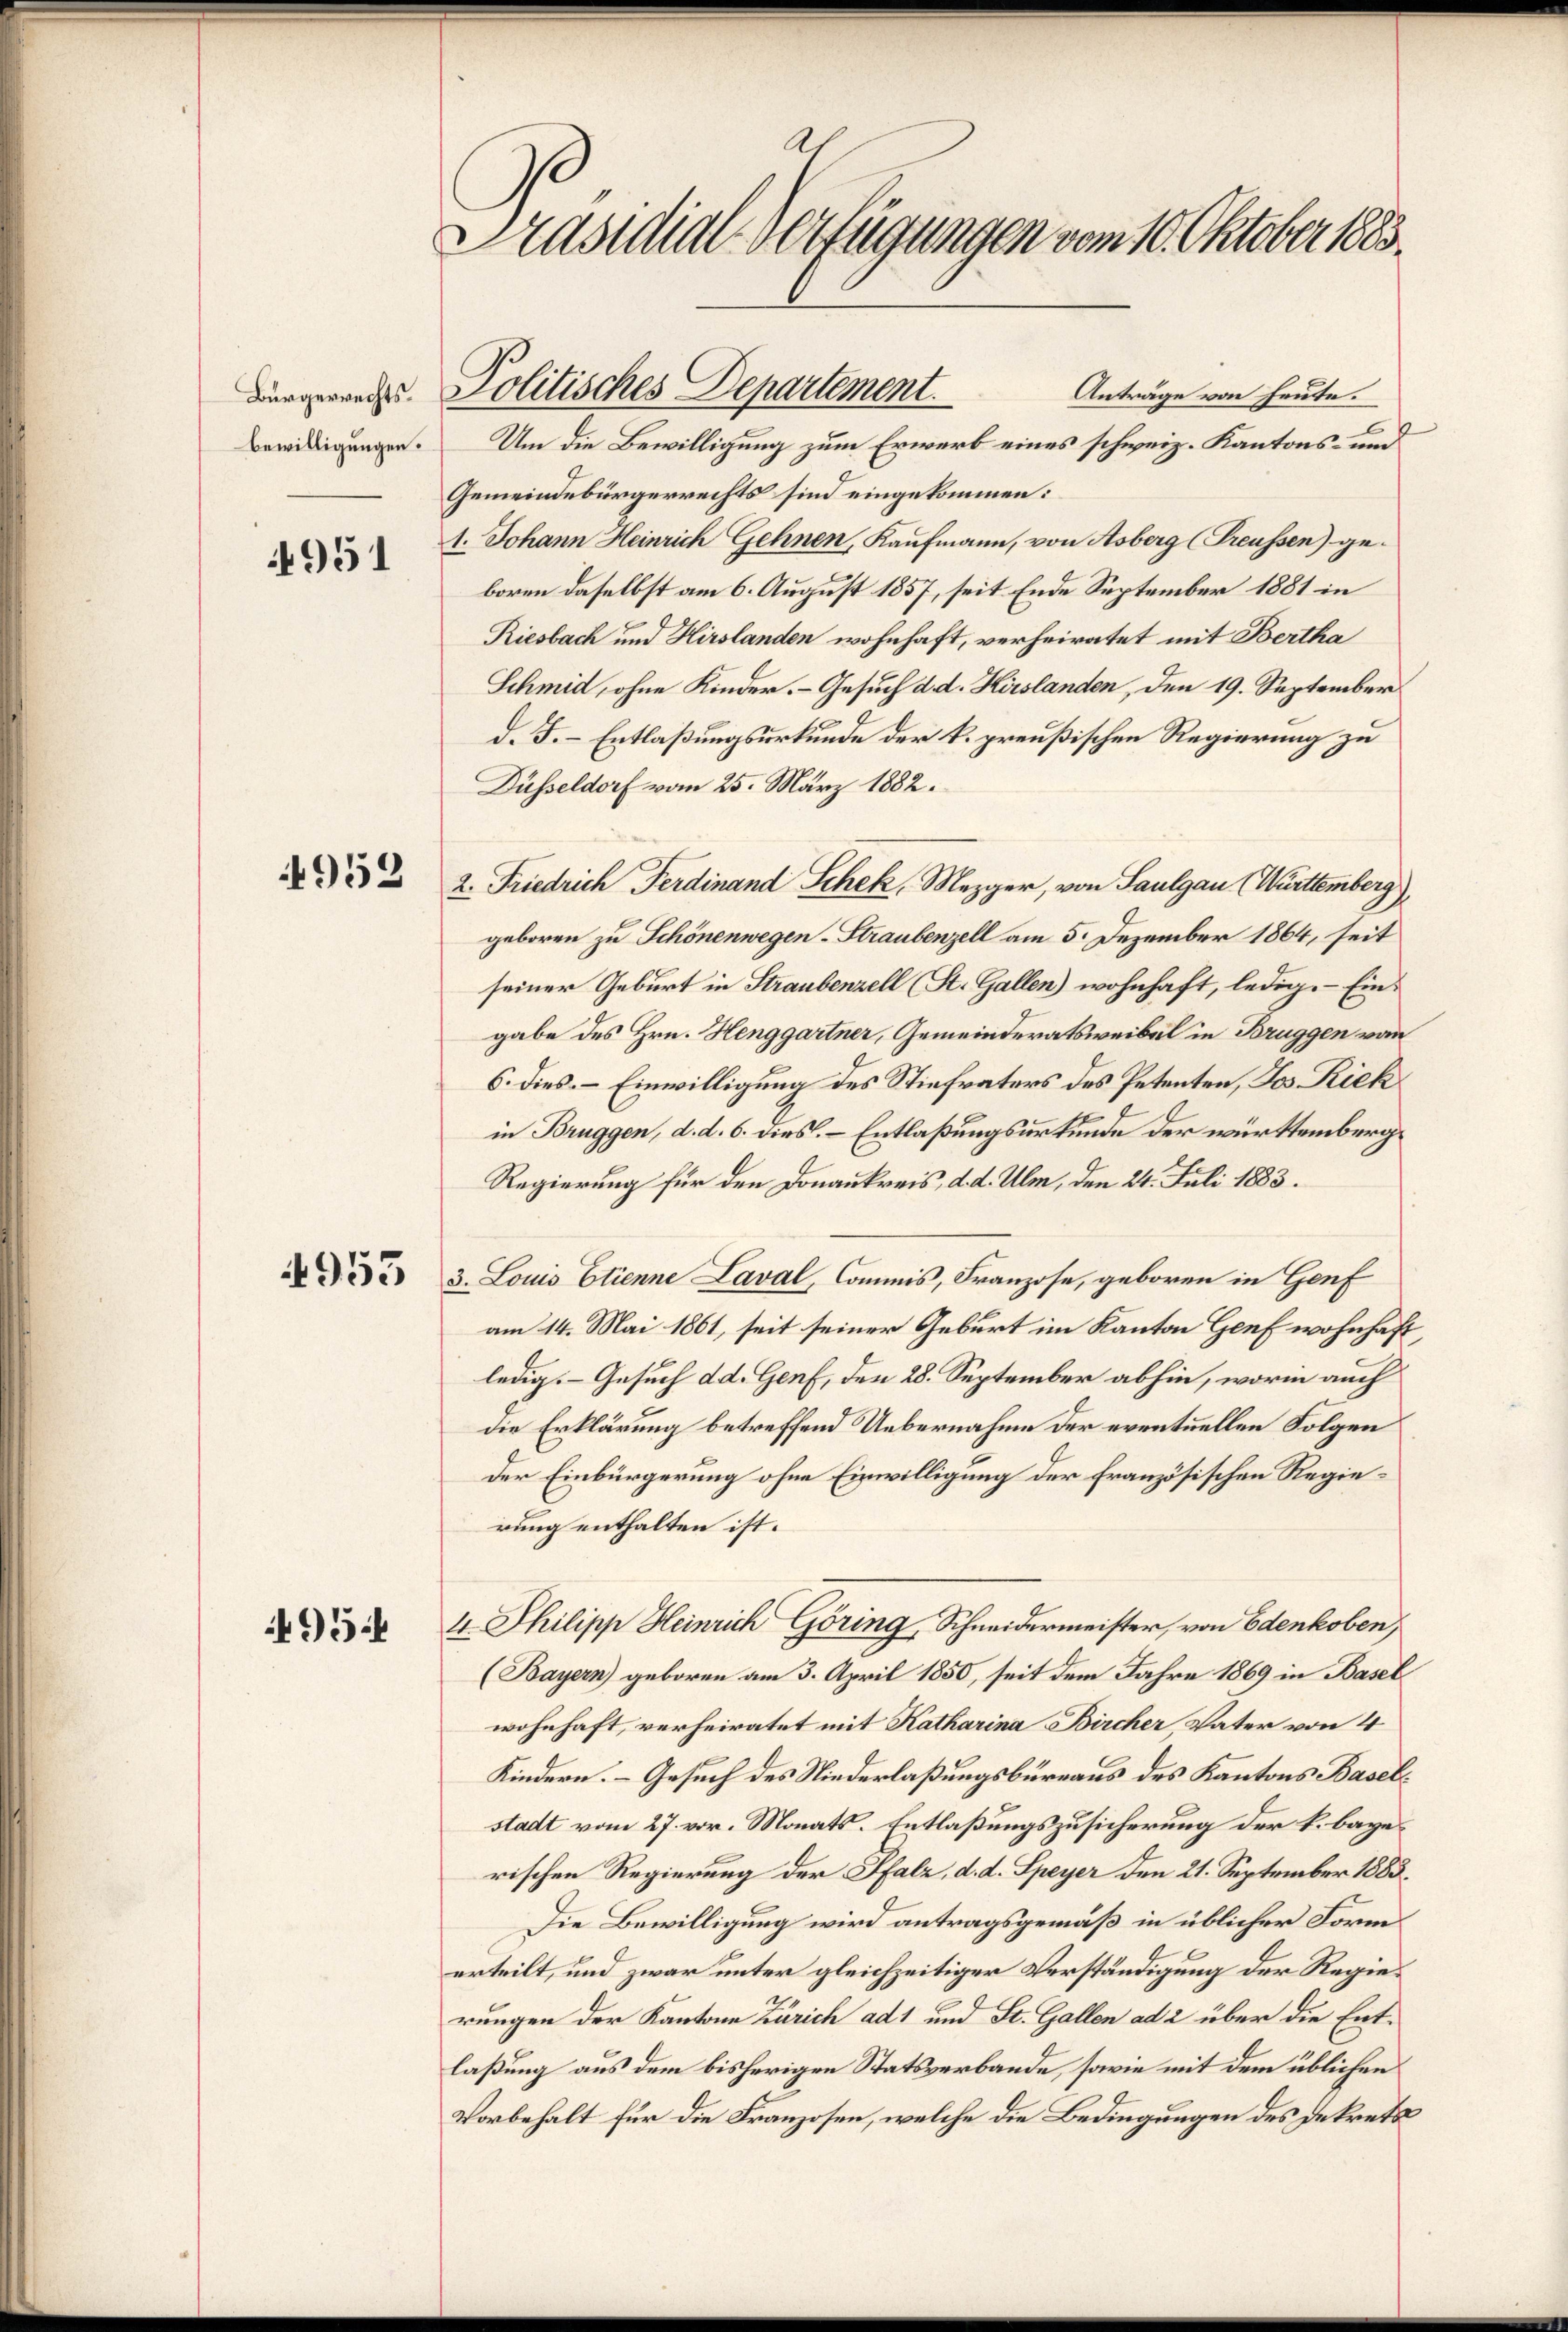
Bürgerrechts.
Bewilligungen.

951

4952

4953

495

As
s
Präsidial-Verfügungen vom 10. Oktober 1883.

Politisches Departement.

Anträge von heute.
Um die Bewilligung zum Erwerb eines schweiz. Kantons- und
Gemeindebürgerrechts sind eingekommen:
1. Johann Heinrich Gehnen, Kaufmann, von Asberg (Treussen) ge-
boren daselbst am 6. August 1857, seit Ende September 1881 in
Riesbach und Hirslanden wohnhaft, verheiratet mit Bertha
Schmid, ohne Kinder. - Gesuch d. d. Hirslanden, den 19. September
d. F. Entlaßungsurkunde der k. preußischen Regierung zu
Düsseldorf vom 25. März 1882.
2. Friedrich Ferdinand Schek, Mezger, von Saulgau (Württemberg),
geboren zu Schönenwegen-Straubenzell am 5. Dezember 1864, seit
seiner Geburt in Straubenzell (St. Gallen) wohnhaft, ledig. Eingabe des Hrn. Henggartner, Gemeinderatsweibel in Bruggen vom
6. dies. – Einwilligung des Stiefvaters des Petenten, Jos. Riek
in Bruggen, d. d. 6. dies. Entlaßungsurkunde der württemberg¬
Regierung für den Donaukreis, d. d. Ulm, den 24. Juli 1883.
3. Louis Etienne Laval, Commis, Franzose, geboren in Genf
am 14. Mai 1861, seit seiner Geburt im Kanton Genf wohnhaft,
ledig. Gesuch d. d. Genf, den 28. September abhin, worin auch
die Erklärung betreffend Uebernahme der eventuellen Folgen
der Einbürgerung ohne Einwilligung der französischen Regierung enthalten ist.
4. Philipp Heinrich Göring, Schneidermeister, von Edenkoben,
(Bayern) geboren am 3. April 1850, seit dem Jahre 1869 in Basel
wohnhaft, verheiratet mit Katharina Bircher, Vater von 4
Kindern. – Gesuch des Niederlaßungsbüreaus des Kantons Baselstadt vom 27. vor. Monats-Entlaßungszusicherung der k. bayerischen Regierung der Pfalz, d. d. Speyer den 21. September 1883.
Die Bewilligung wird antragsgemäß in üblicher Form
erteilt, und zwar unter gleichzeitiger Verständigung der Regierungen der Kantone Zürich ad 1 und St. Gallen ad 2 über die Entlaßung aus dem bisherigen Statsverbande, sowie mit dem üblichen
Vorbehalt für die Franzosen, welche die Bedingungen des Dekrets